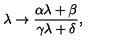
\lambda \to \frac { \alpha \lambda + \beta } { \gamma \lambda + \delta } ,